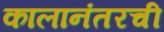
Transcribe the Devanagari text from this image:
कालानंतरची